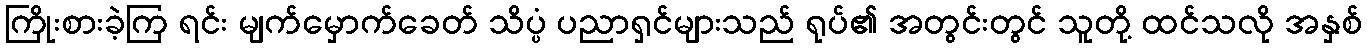
ကြိုးစားခဲ့ကြ ရင်း မျက်မှောက်ခေတ် သိပ္ပံ ပညာရှင်များသည် ရုပ်၏ အတွင်းတွင် သူတို့ ထင်သလို အနှစ်